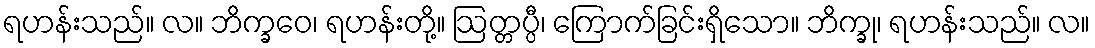
ရဟန်းသည်။ လ။ ဘိက္ခဝေ၊ ရဟန်းတို့။ ဩတ္တပ္ပီ၊ ကြောက်ခြင်းရှိသော။ ဘိက္ခု၊ ရဟန်းသည်။ လ။